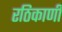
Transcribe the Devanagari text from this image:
रठिकाणी